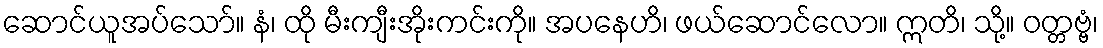
ဆောင်ယူအပ်သော်။ နံ၊ ထို မီးကျီးအိုးကင်းကို။ အပနေဟိ၊ ဖယ်ဆောင်လော။ ဣတိ၊ သို့။ ဝတ္တဗ္ဗံ၊